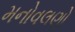
મનોવલણો